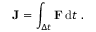
\mathbf { J } = \int _ { \Delta t } \mathbf { F } \, \mathrm { d } t ~ .